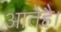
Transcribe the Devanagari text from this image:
आतेहै।